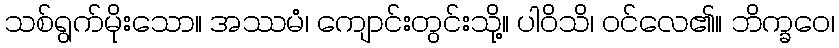
သစ်ရွက်မိုးသော။ အဿမံ၊ ကျောင်းတွင်းသို့။ ပါဝိသိ၊ ဝင်လေ၏။ ဘိက္ခဝေ၊